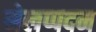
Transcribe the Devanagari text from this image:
मेलप्पदम